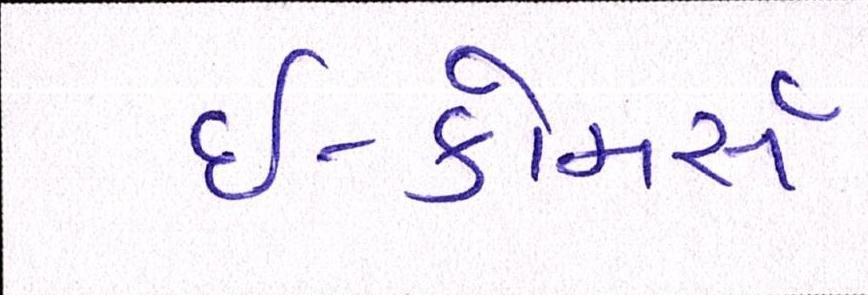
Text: ઇ-કોમસૅ